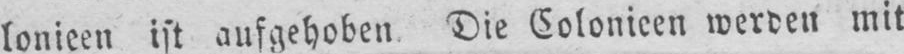
lonieen ist aufgehoben Die Colonieen werden mit